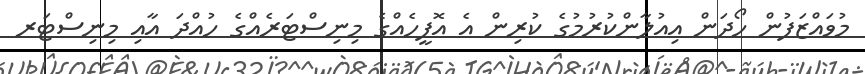
މުވައްޒަފުން ހޯދަން އިއުލާންކުރުމުގެ ކުރިން އެ އޮފީހެއްގެ މިނިސްޓަރެއްގެ ހުއްދަ އާއި މިނިސްޓަރ